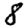
Digit: 8